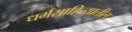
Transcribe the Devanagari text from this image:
धर्मसाहित्यातील